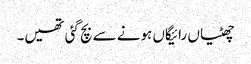
چھٹیاں رائیگاں ہونے سے بچ گئی تھیں۔